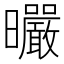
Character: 曮